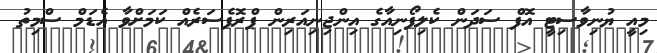
މިއީ ޔުނިވާސިޓީ އޮފް ސަދަން ކެލިފޯނިއާގެ އިންޖިނިއަރިން ޕްރޮފެސަރެއް ކަމަށްވާ އެޑަމް ސްމިތު